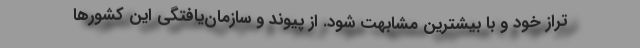
تراز خود و با بیشترین مشابهت شود. از پیوند و سازمان‌یافتگی این کشورها